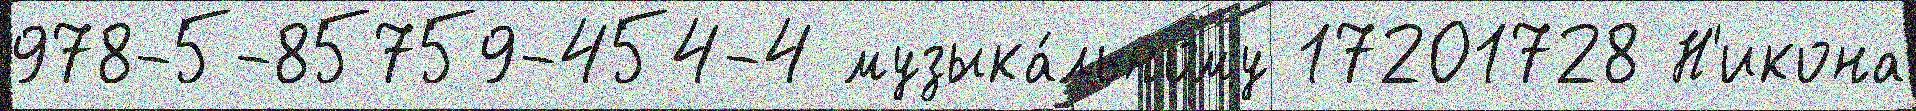
978-5-85759-454-4 музыка́льному 17201728 Н'икона